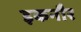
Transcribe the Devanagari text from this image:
इकनौर